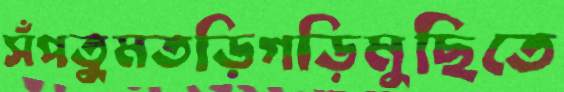
সঁপতুমতড়িগড়িমুছিতে